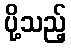
ပို့သည့်